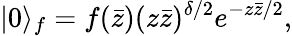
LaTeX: |0\rangle_{f}=f(\bar{z})(z\bar{z})^{\delta/2}e^{-z\bar{z}/2},